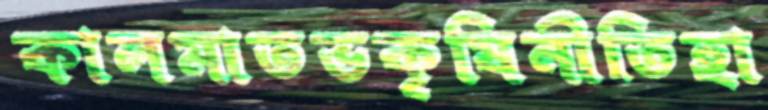
কালমাতভকৃষিনীতিহা